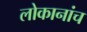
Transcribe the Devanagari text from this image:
लोकानांच